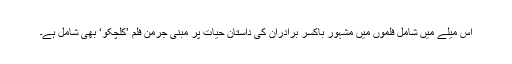
اِس میلے میں شامل فلموں میں مشہور باکسر برادران کی داستانِ حیات پر مبنی جرمن فلم ’کلچکو‘ بھی شامل ہے۔